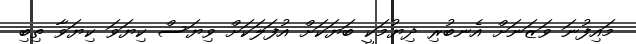
މައިފުނަ ވަޒަނަށް އެނބުރި ދިޔުމަކީ ބަޔަކަށް އުފަލަކަށް ވިޔަސް ކިޔަވަ ކިޔަވާ ތިބި